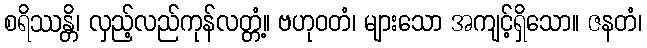
စရိဿန္တိ၊ လှည့်လည်ကုန်လတ္တံ့။ ဗဟုဝတံ၊ များသော အကျင့်ရှိသော။ ဇနတံ၊